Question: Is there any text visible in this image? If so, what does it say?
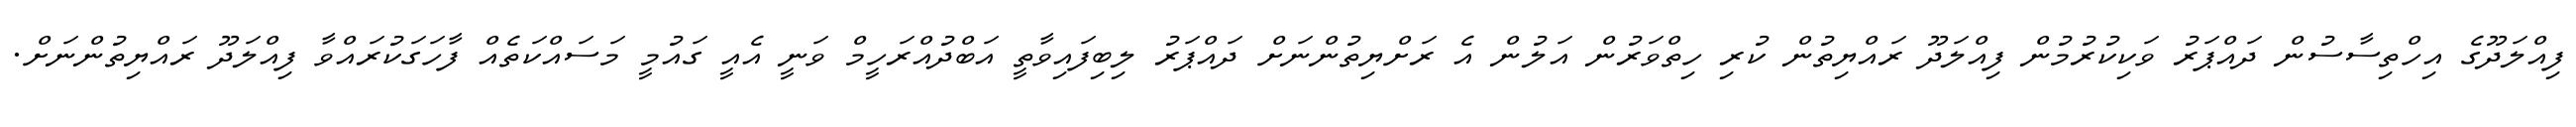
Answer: ފިއްލަދޫގެ އިހްތިސާސުން ދައްޕަރު ވަކިކުރުމުން ފިއްލަދޫ ރައްޔިތުން ކުރި ހިތްވަރުން އަލުން އެ ރަށްޔިތުންނަށް ދައްޕަރު ލިބިފައިވާތީ އަބްދުއްރަހީމް ވަނީ އެއީ ގައުމީ މަސައްކަތެއް ފާހަގަކުރައްވާ ފިއްލަދޫ ރައްޔިތުންނަށް.